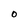
Character: 0